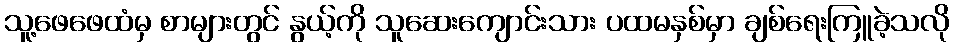
သူ့ဖေဖေထံမှ စာများတွင် နွယ့်ကို သူဆေးကျောင်းသား ပထမနှစ်မှာ ချစ်ရေးကြူခဲ့သလို